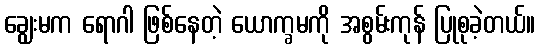
ချွေးမက ရောဂါ ဖြစ်နေတဲ့ ယောက္ခမကို အစွမ်းကုန် ပြုစုခဲ့တယ်။